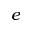
e